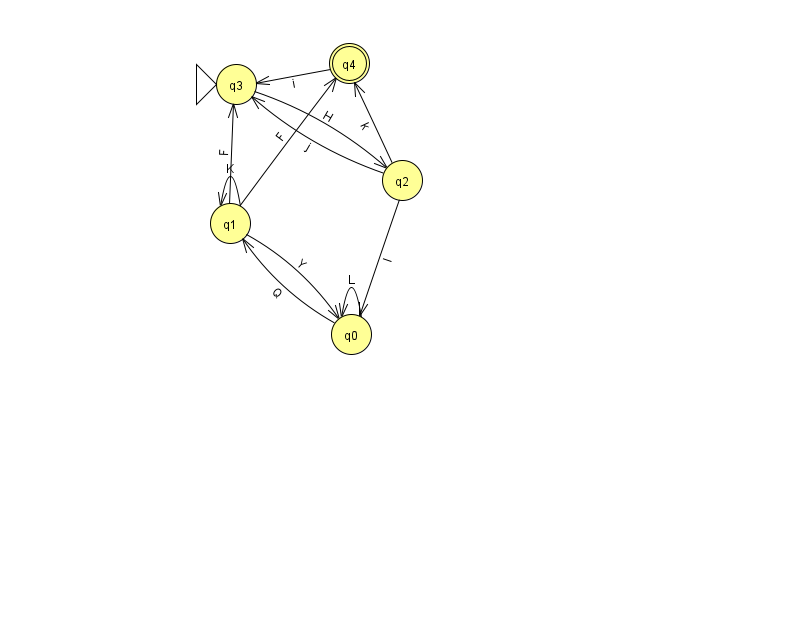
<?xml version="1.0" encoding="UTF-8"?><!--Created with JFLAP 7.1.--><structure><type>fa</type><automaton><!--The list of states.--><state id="0" name="q0"><x>351.0</x><y>321.0</y></state><state id="1" name="q1"><x>230.0</x><y>210.0</y></state><state id="2" name="q2"><x>402.0</x><y>167.0</y></state><state id="3" name="q3"><x>236.0</x><y>71.0</y><initial/></state><state id="4" name="q4"><x>349.0</x><y>50.0</y><final/></state><!--The list of transitions.--><transition><from>1</from><to>0</to><read>Y</read></transition><transition><from>2</from><to>3</to><read>j</read></transition><transition><from>2</from><to>0</to><read>I</read></transition><transition><from>1</from><to>3</to><read>F</read></transition><transition><from>3</from><to>2</to><read>H</read></transition><transition><from>1</from><to>1</to><read>K</read></transition><transition><from>0</from><to>0</to><read>L</read></transition><transition><from>1</from><to>4</to><read>F</read></transition><transition><from>2</from><to>4</to><read>k</read></transition><transition><from>4</from><to>3</to><read>i</read></transition><transition><from>0</from><to>1</to><read>Q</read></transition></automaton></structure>